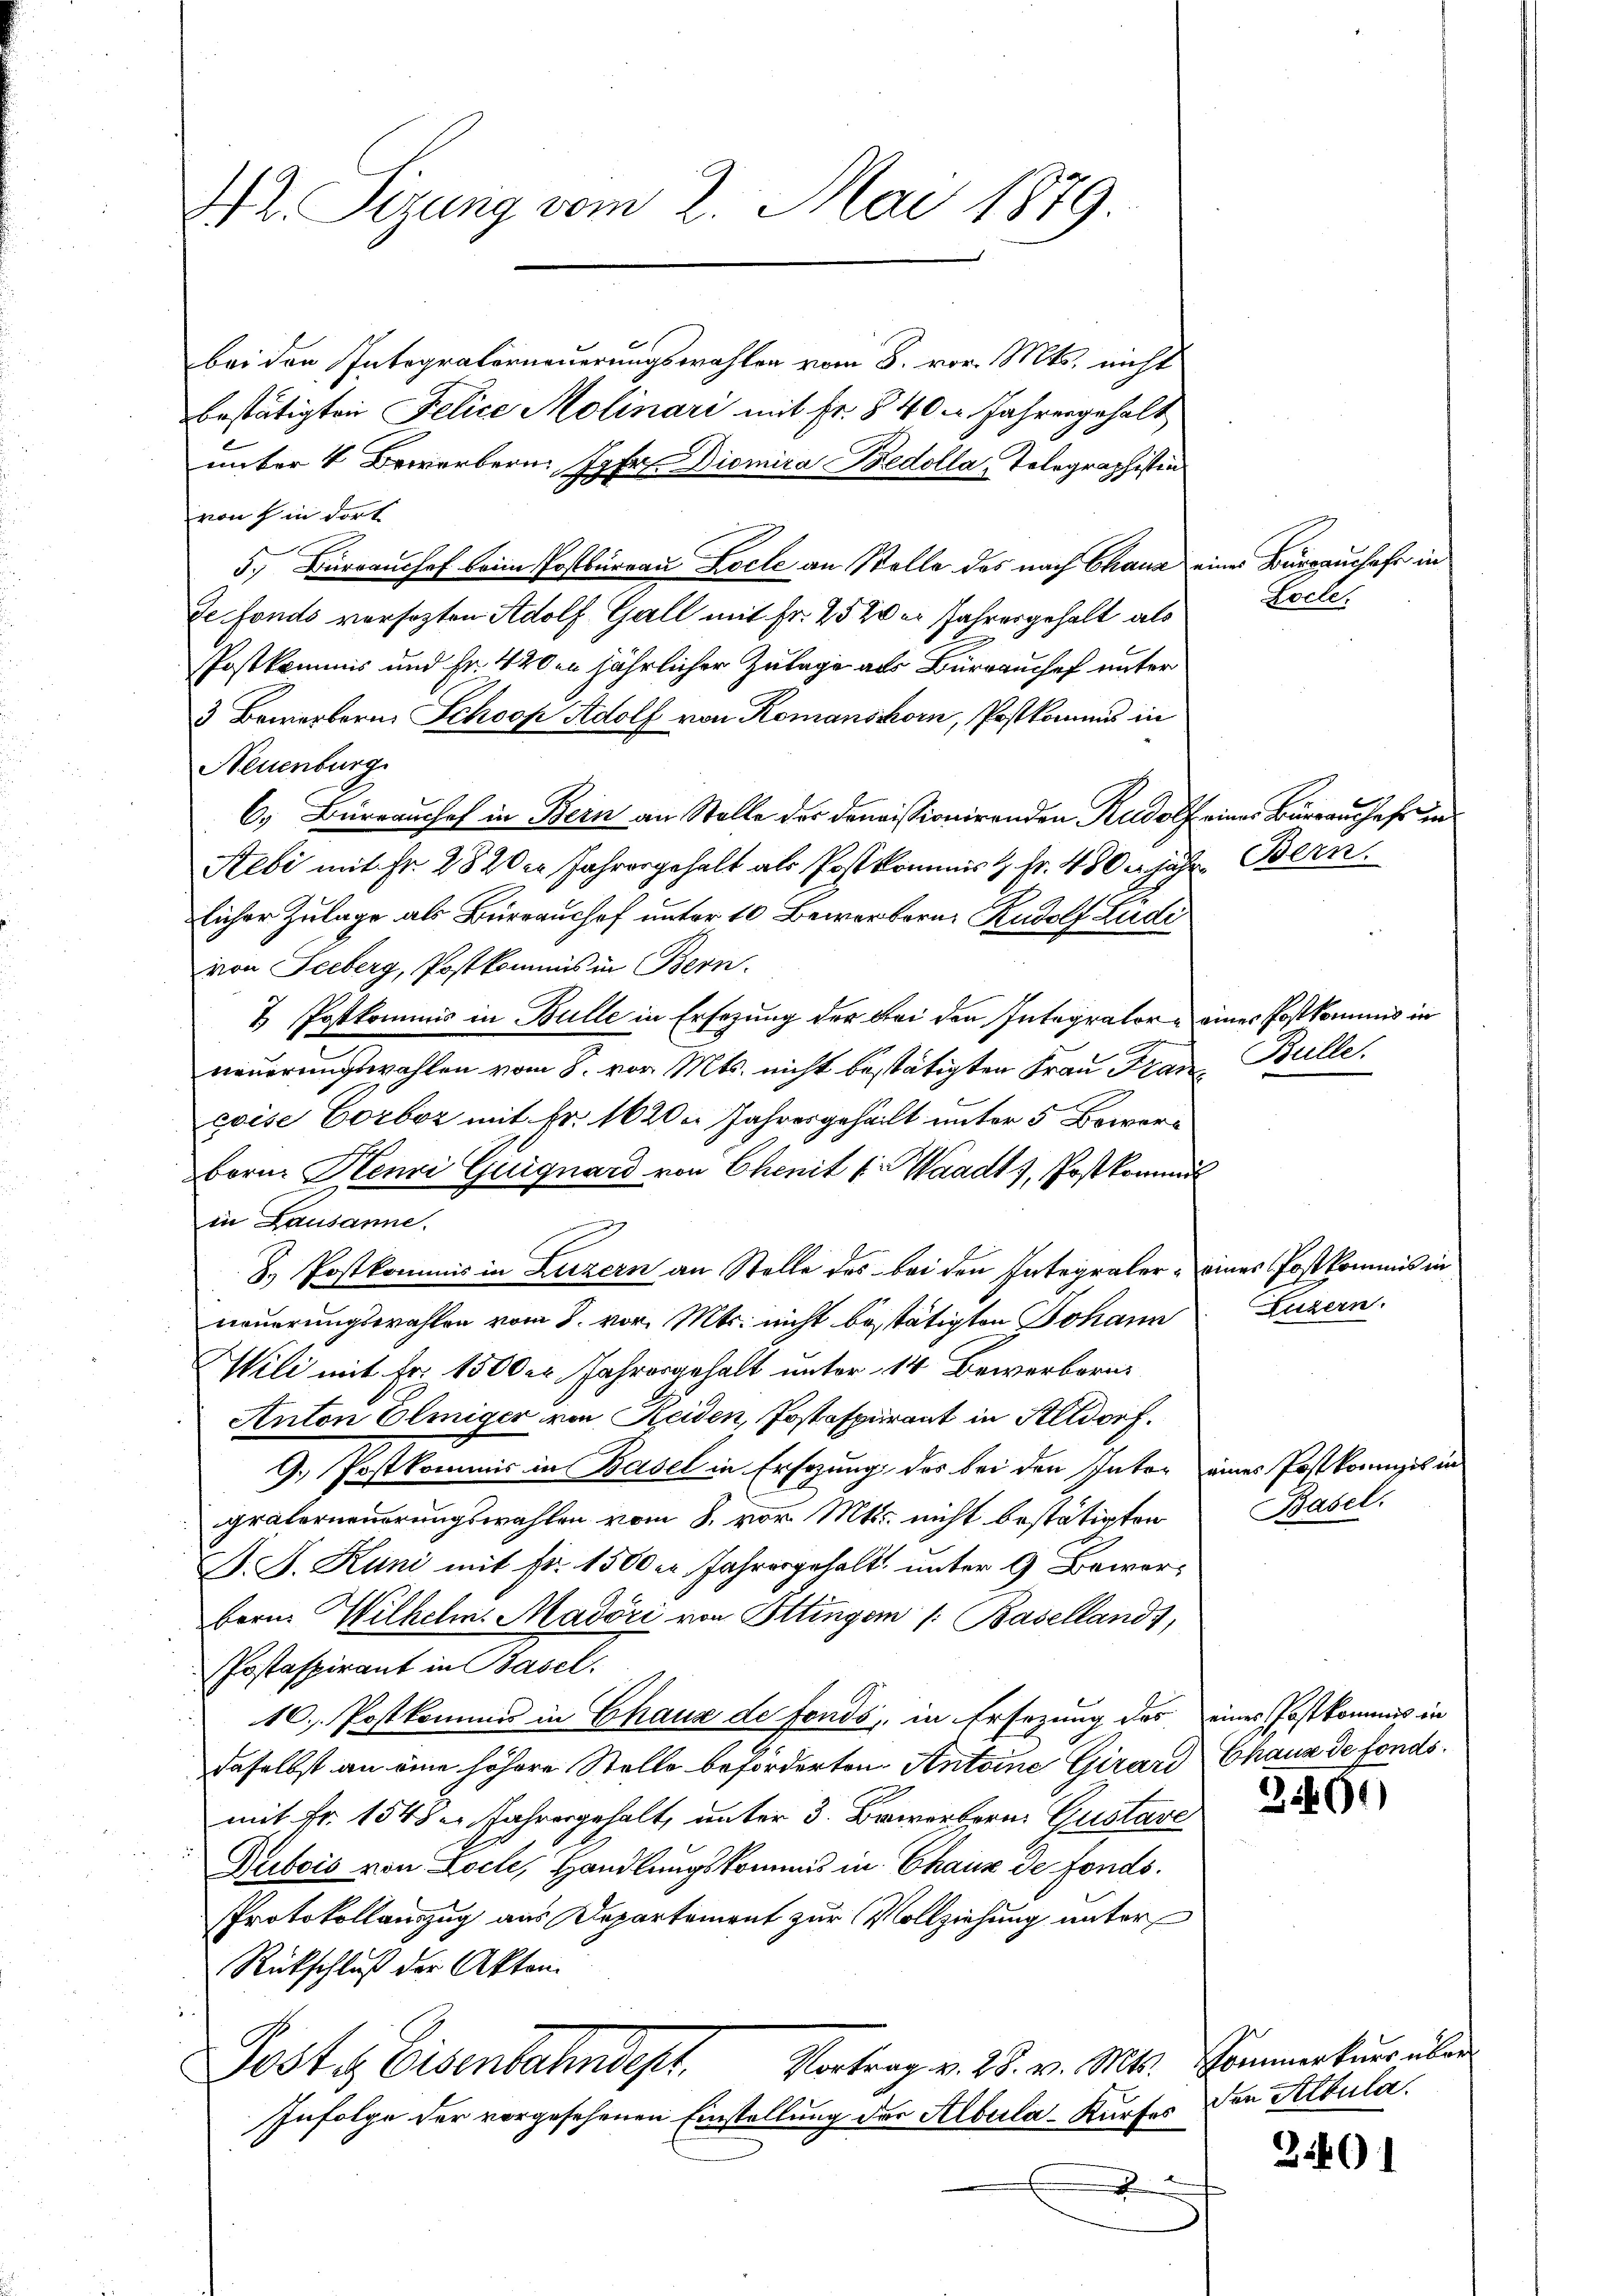
Hr. Sizung vom 2. Mai 1879.

bei den Integraterneuerungswahlen vom 8. vor. Mts. nicht
bestätigten Felice Molinari mit Fr. 8 40 Jahrengehalt
unter 4 Bewerbern. Jahr. Diomira Bedolla, Tolegraphisten
von hin dort
5. Bureaushof beim Postbureau Locle an Stolle des nach Chana einer Bureauschafe in
de fonds versezten Adolf Gall mit Fr. 25 der Jahresgehalt als
Postkommis und Fr. 420en jährlicher Zulage als Bürrauchef unter
3 Bewerbern, Schoop Adolf von Romanshorn, Postkommis in
Neuenburg
6. Büreaushof in Bein an Stelle der Domissionirenden Rudolf eines Büreauschaft in
Rebi mit Fr. 2820er Jahresgehalt als Postkommist Fr. 430 jähr. Bern.
licher Zulage als Bureaushof unter 10 Bewerbern. Rudolf Zudi
von Seeberg, Postkommis in Bern.
7 Postkommnis in Bulle in Ersezung der bei den Integrator eines Postkommis in
neuerungswahlen vom 8. vor. Mts. nicht bestätigten Frau Frau Bulle.
coise Corboz mit Fr. 1620 Jahresgeheilt unter 5 Boworborn. Henzi Guignard von Chenit (Waadt, Postkommis
in Lausanne.
8. Postkommis in Luzern an Stelle des bei den Integraler - eines Postkommis in
neuerungswahlen vom 8. vor. Mts. nicht bestätigten Johann
Wili mit Fr. 1500er Jahresgehalt unter 14 Bewerbern
Anton Elmiger von Seiden, Jostspirant in Altdorf.
G.) Postkommis in Basel in Ersezung des bei den Inter eines Postkonzes in
präterneuerungswahlen vom 8. vor. Mts. nicht bestätigten
A. F. Kuni mit Fr. 1500 er Jahresgehalt unter 9 Bewerbern. Wilhelm, Madöri von Ittingen /: Basellands,
Postaspirant in Basel.
10. Postkommis in Chaus de fonds, in Ersezung des eines Postkommis in
daselbst an eine höhere Stelle beförderten Antoine Girard Chaux de fonds.
r
mit Fr. 1548 u. Jahresgehalt, unter 3. Bewerbern. Gustave
Rubois von Loch, Handlungskommis in Chaux de fonds.
Protokollauszug aus Departement zur Vollziehung unter
Rückschluß der Akten.
Vortrag v. 28. v. Mts. Kommerkurs über
Posti, Eisenbahndep
Infolge der vorgesehenen Einstellung der Albula-Kurfes
x

Loche

Luzern.

Basel.

2400

den Albula

31801